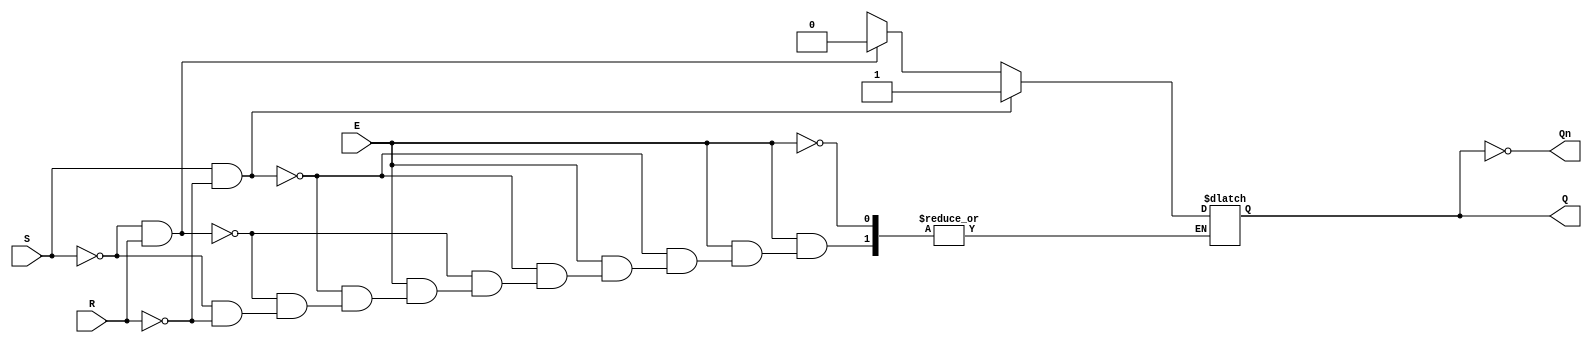
module gated_sr_latch(
    input wire S,      // Set input
    input wire R,      // Reset input
    input wire E,      // Enable input
    output reg Q,      // Output Q
    output wire Qn     // Complementary output (not Q)
);

    // Complementary output
    assign Qn = ~Q;

    // Always block to model the latch behavior
    always @(*) begin
        if (E) begin
            // Gated operation based on S, R, and E
            if (S && !R) begin
                Q = 1'b1;  // Set Q to 1
            end else if (!S && R) begin
                Q = 1'b0;  // Reset Q to 0
            end else if (!S && !R) begin
                // Retain previous state (memory condition)
                Q = Q;     // No change
            end else begin
                // Invalid condition (S = 1 and R = 1)
                Q = 1'bx;  // Undefined state
            end
        end
        // If E is low, maintain the previous state (handled by the latch behavior)
    end
    
endmodule